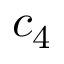
c _ { 4 }